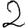
Digit: 2